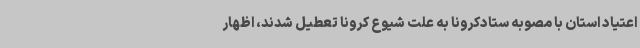
اعتیاد استان با مصوبه ستادکرونا به علت شیوع کرونا تعطیل شدند، اظهار